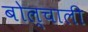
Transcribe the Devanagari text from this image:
बोल्चाली